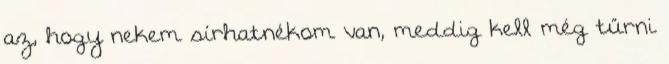
az, hogy nekem sírhatnékom van, meddig kell még tűrni